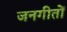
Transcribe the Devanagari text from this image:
जनगीतों